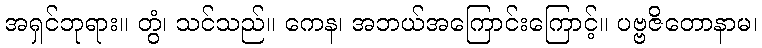
အရှင်ဘုရား။ တွံ၊ သင်သည်။ ကေန၊ အဘယ်အကြောင်းကြောင့်။ ပဗ္ဗဇိတောနာမ၊